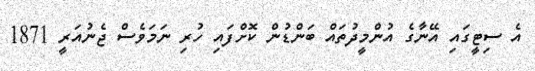
އެ ސިޓީގައި އޭނާގެ އުންމީދުތައް ބަންޑުން ކޮށްފައި ހުރި ނަމަވެސް ޖެނުއަރީ 1871